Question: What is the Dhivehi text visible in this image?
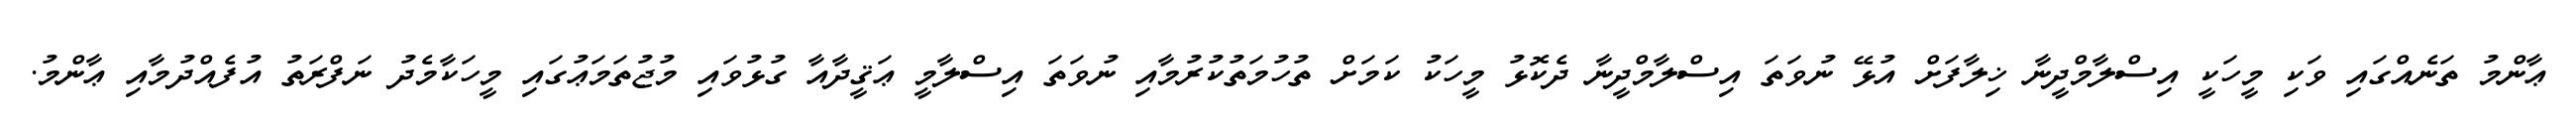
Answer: ޢާންމު ތަނެއްގައި ވަކި މީހަކީ އިސްލާމްދީނާ ޚިލާފަށް އުޅޭ ނުވަތަ އިސްލާމްދީނާ ދެކޮޅު މީހަކު ކަމަށް ތުހުމަތުކުރުމާއި ނުވަތަ އިސްލާމީ ޢަޤީދާއާ ގުޅުވައި މުޖުތަމަޢުގައި މީހަކާމެދު ނަފްރަތު އުފެއްދުމާއި ޢާންމު.